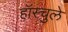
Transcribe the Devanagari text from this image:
हॉस्चुले